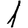
Digit: 1